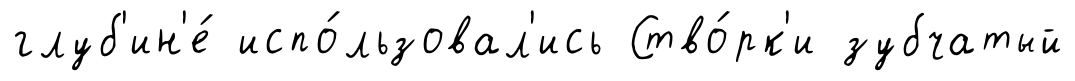
глуб'ин'е́ испо́льзовал'ись Ство́рк'и зубчатый